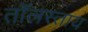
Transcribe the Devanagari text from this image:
तॉलस्ताय